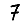
Digit: 7